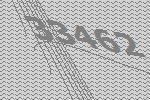
33462